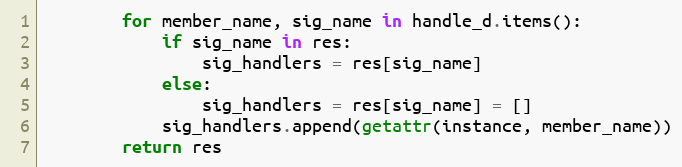
Language: Python
        for member_name, sig_name in handle_d.items():
            if sig_name in res:
                sig_handlers = res[sig_name]
            else:
                sig_handlers = res[sig_name] = []
            sig_handlers.append(getattr(instance, member_name))
        return res